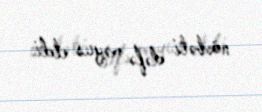
növbəti dəfə məyus etdi.